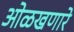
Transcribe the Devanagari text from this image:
ओळखणारे